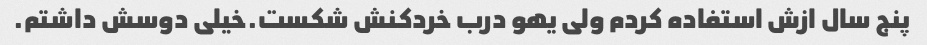
پنج سال ازش استفاده کردم ولی یهو درب خردکنش شکست.خیلی دوسش داشتم.